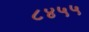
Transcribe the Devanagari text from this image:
८४५५